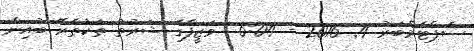
ސެޕްޓެމްބަރު 4